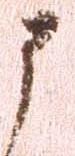
申